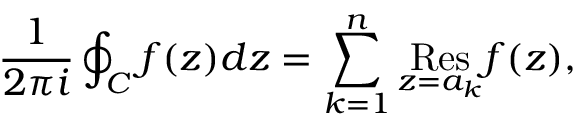
{ \frac { 1 } { 2 \pi i } } \oint _ { C } f ( z ) d z = \sum _ { k = 1 } ^ { n } { \underset { z = a _ { k } } { \mathrm { R e s } } } f ( z ) ,